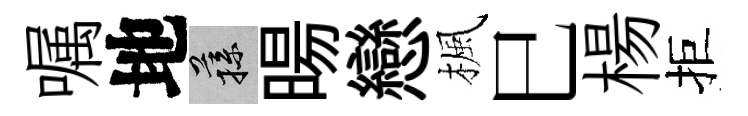
嘱地蓀暘戀楓巳楊拒